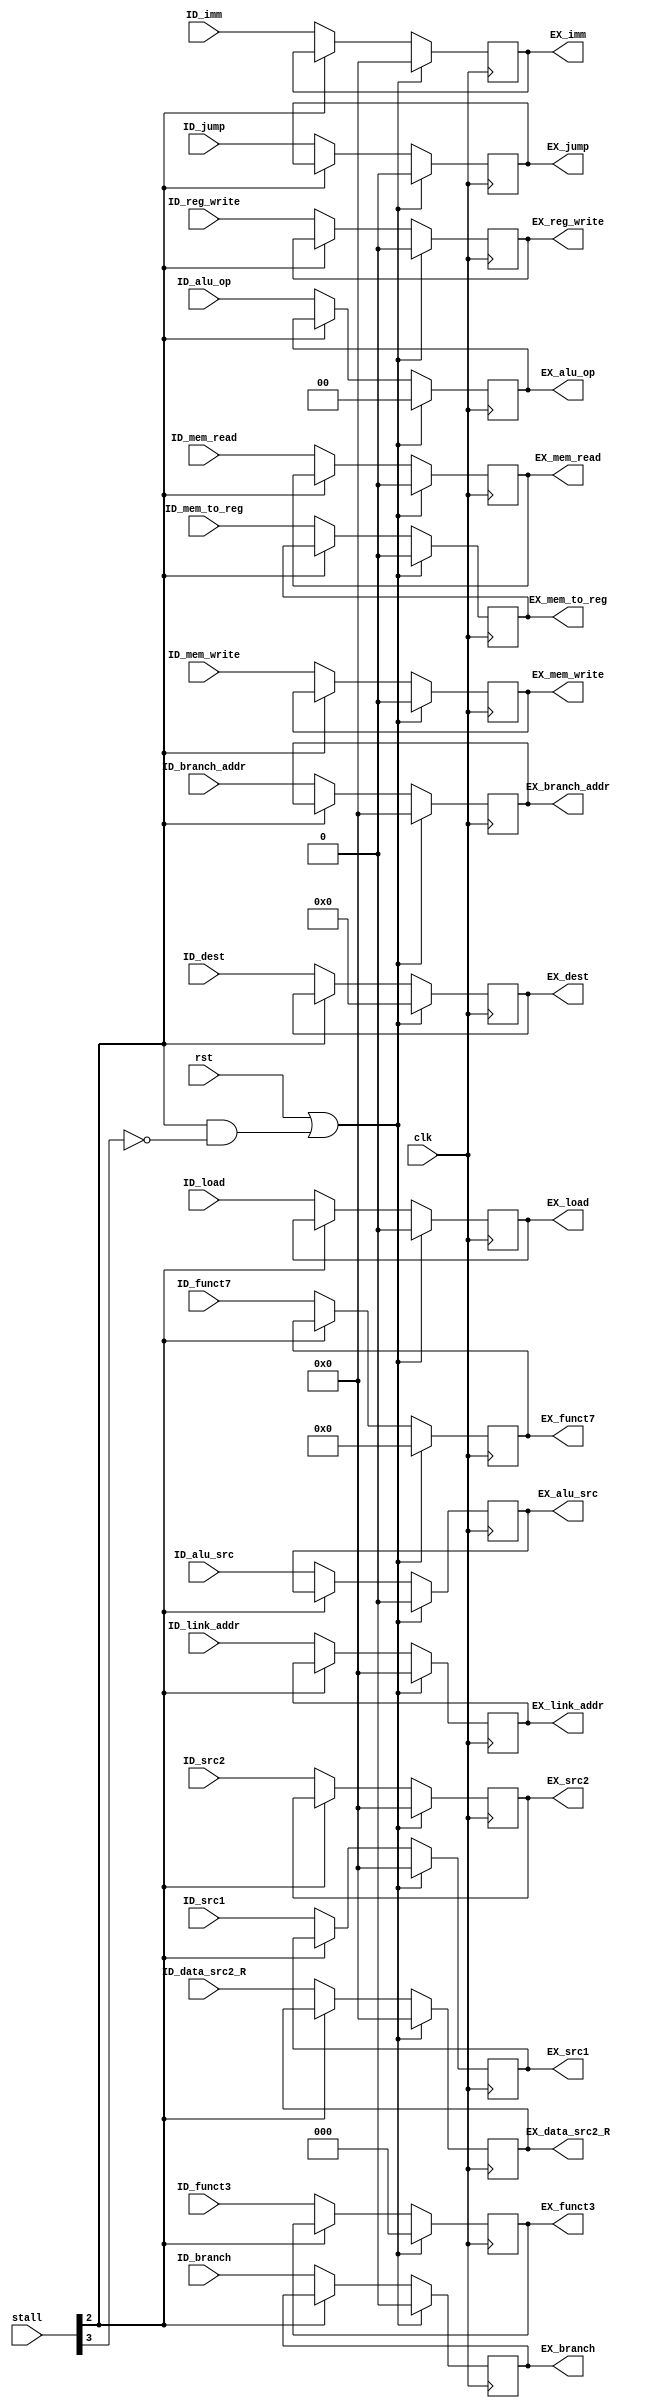
module reg_ID_EX#(parameter XLEN = 32)
                 (input rst,
                  clk,
                  input wire [5:0] stall,
                  input wire [2:0] ID_funct3,
                  input wire [6:0] ID_funct7,
                  input wire [XLEN - 1:0] ID_src1,
                  ID_src2,
                  input wire [4:0] ID_dest,
                  input wire [31:0] ID_imm,
                  input wire[1:0] ID_alu_op,
                  input wire ID_mem_read,
                  ID_mem_write,
                  ID_alu_src,
                  ID_mem_to_reg,
                  ID_reg_write,
                  ID_branch,
                  ID_jump,
                  ID_load,
                  input wire [XLEN-1:0] ID_link_addr,
                  ID_branch_addr,
                  input wire [XLEN-1:0] ID_data_src2_R,
                  output reg [2:0] EX_funct3,
                  output reg [6:0] EX_funct7,
                  output reg [XLEN - 1:0] EX_src1,
                  EX_src2,
                  output reg [4:0] EX_dest,
                  output reg [XLEN-1:0] EX_data_src2_R,
                  output reg [XLEN-1:0] EX_imm,
                  output reg [XLEN-1:0] EX_link_addr,
                  EX_branch_addr,
                  output reg[1:0] EX_alu_op,
                  output reg EX_mem_read,
                  EX_mem_write,
                  EX_alu_src,
                  EX_mem_to_reg,
                  EX_reg_write,
                  EX_branch,
                  EX_jump,
                  EX_load);
    always @ (posedge clk) begin
        if (rst || (stall[2] && !stall[3])) begin
            EX_alu_src     <= 1'b0;
            EX_mem_to_reg  <= 1'b0;
            EX_reg_write   <= 1'b0;
            EX_mem_read    <= 1'b0;
            EX_mem_write   <= 1'b0;
            EX_branch      <= 1'b0;
            EX_alu_op      <= 2'b00;
            EX_jump        <= 1'b0;
            EX_link_addr   <= 'b0;
            EX_branch_addr <= 'b0;
            EX_load        <= 'b0;
            // From STAGE_ID
            EX_funct3      <= 0;
            EX_funct7      <= 0;
            EX_src1        <= 0;
            EX_src2        <= 0;
            EX_data_src2_R <= 0;
            EX_dest        <= 0;
            EX_imm         <= 0;
            end else if (!stall[2]) begin
            EX_alu_src     <= ID_alu_src;
            EX_mem_to_reg  <= ID_mem_to_reg;
            EX_reg_write   <= ID_reg_write;
            EX_mem_read    <= ID_mem_read;
            EX_mem_write   <= ID_mem_write;
            EX_branch      <= ID_branch;
            EX_alu_op      <= ID_alu_op;
            EX_jump        <= ID_jump;
            EX_link_addr   <= ID_link_addr;
            EX_branch_addr <= ID_branch_addr;
            EX_load        <= ID_load;
            // From STAGE_ID
            EX_funct3      <= ID_funct3;
            EX_funct7      <= ID_funct7;
            EX_src1        <= ID_src1;
            EX_src2        <= ID_src2;
            EX_dest        <= ID_dest;
            EX_imm         <= ID_imm;
            EX_data_src2_R <= ID_data_src2_R;
        end
    end
endmodule